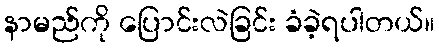
နာမည်ကို ပြောင်းလဲခြင်း ခံခဲ့ရပါတယ်။